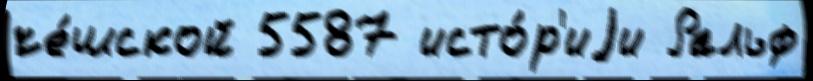
че́шской 5587 исто́р'иjи Ральф